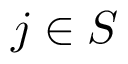
j \in S